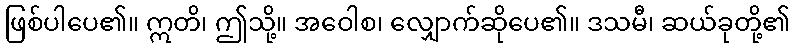
ဖြစ်ပါပေ၏။ ဣတိ၊ ဤသို့။ အဝေါစ၊ လျှောက်ဆိုပေ၏။ ဒသမီ၊ ဆယ်ခုတို့၏